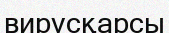
вирусқарсы